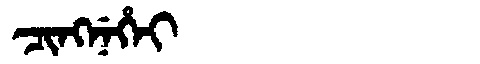
Manchu: ᠴᡳᠩᠨᡝᡥᡝᡳ
Romanization: CINGNEHEI